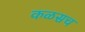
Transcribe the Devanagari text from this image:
कळसच